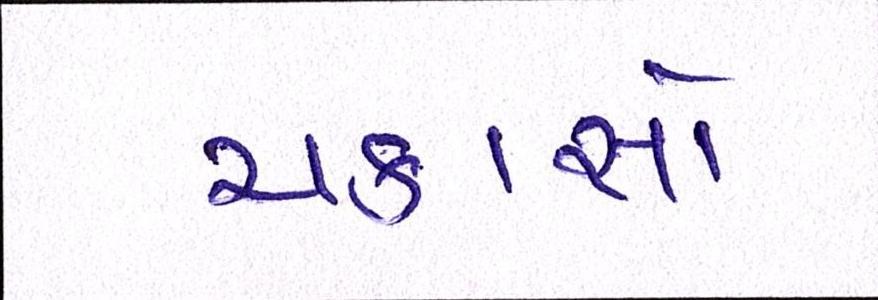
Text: ચકાસો